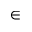
\in